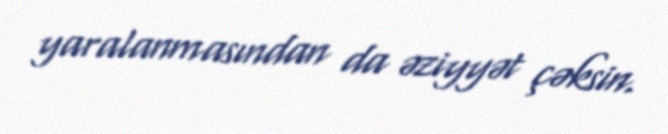
yaralanmasından da əziyyət çəksin.